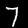
Label: 7